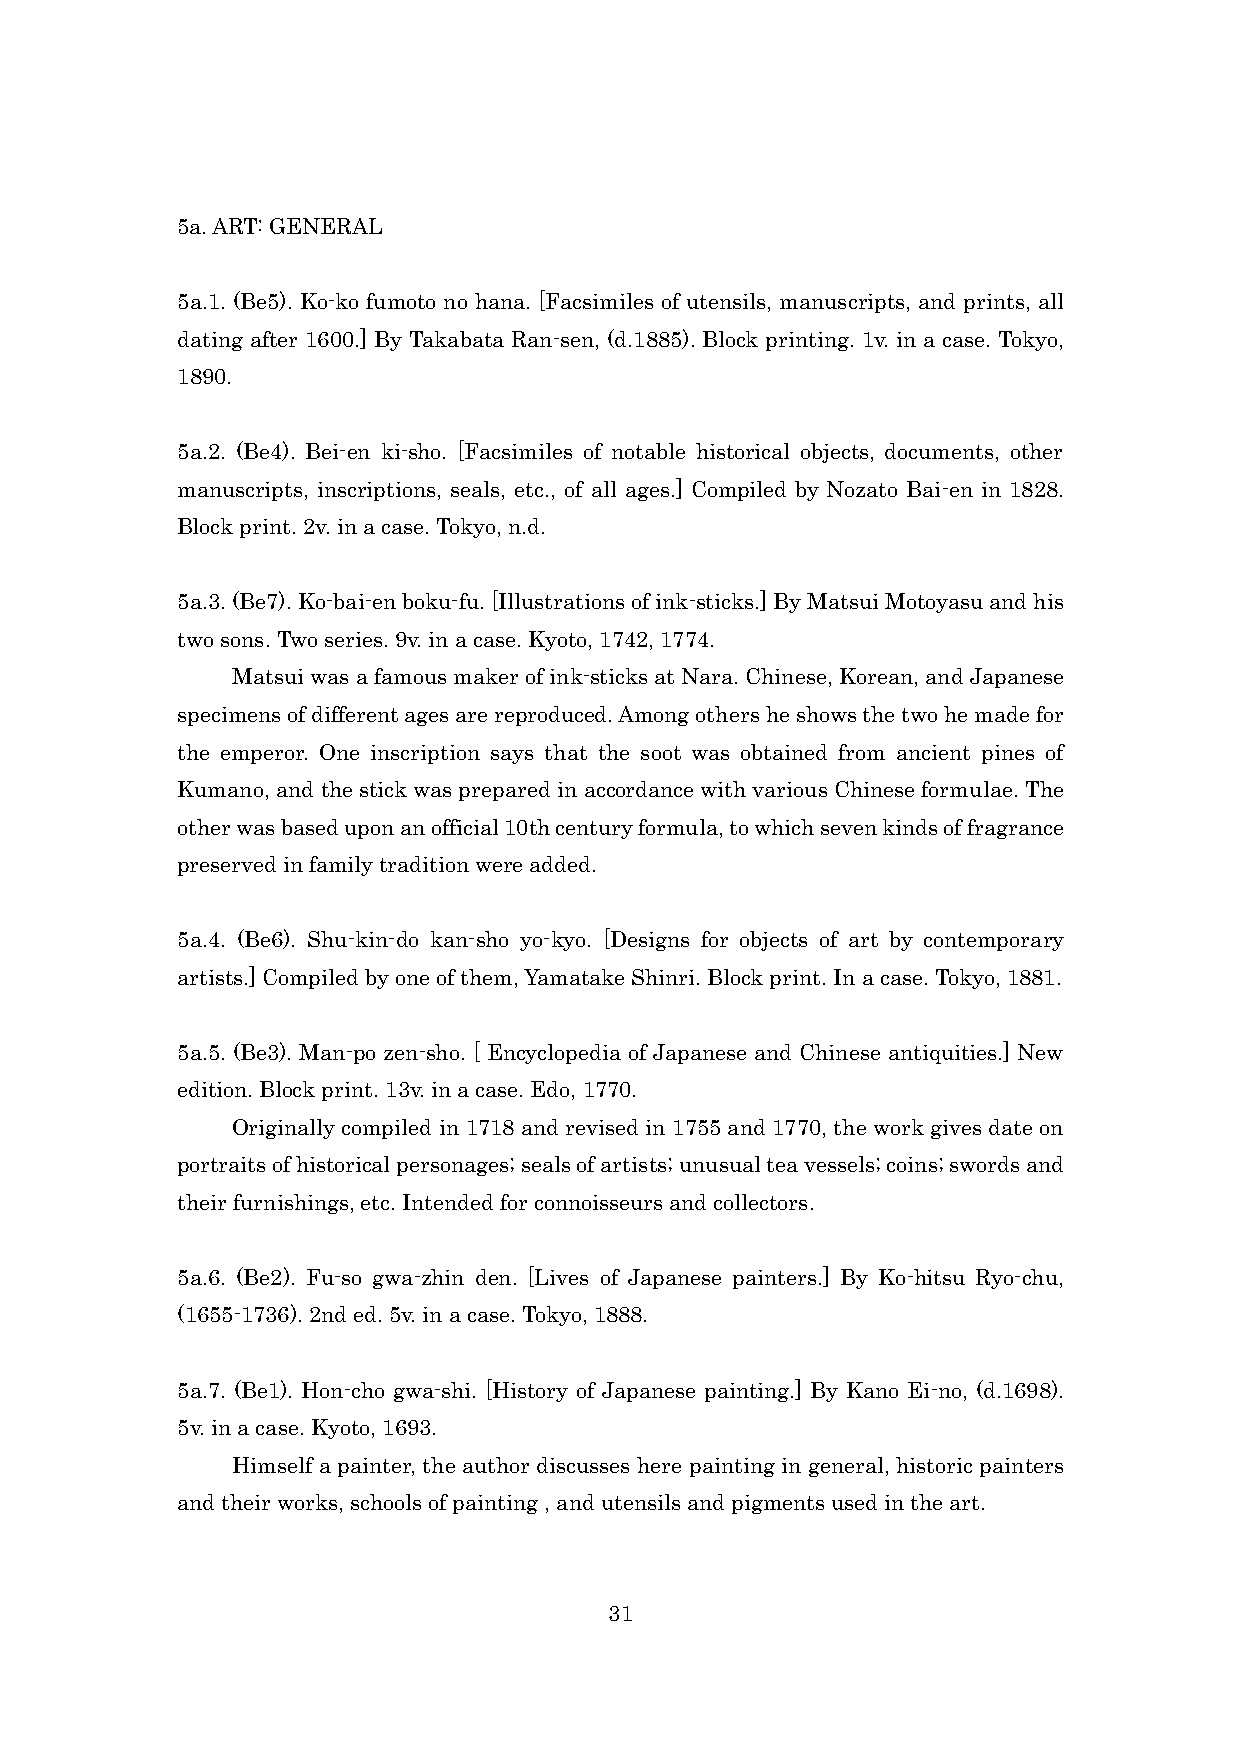
5a. ART: GENERAL
 5a.1. (Be5). Ko-ko fumoto no hana. [Facsimiles of utensils, manuscripts, and prints, all
 dating after 1600.] By Takabata Ran-sen, (d.1885). Block printing. 1v. in a case. Tokyo,
 1890.
 5a.2. (Be4). Bei-en ki-sho. [Facsimiles of notable historical objects, documents, other
 manuscripts, inscriptions, seals, etc., of all ages.] Compiled by Nozato Bai-en in 1828.
 Block print. 2v. in a case. Tokyo, n.d.
 5a.3. (Be7). Ko-bai-en boku-fu. [Illustrations of ink-sticks.] By Matsui Motoyasu and his
 two sons. Two series. 9v. in a case. Kyoto, 1742, 1774.
 Matsui was a famous maker of ink-sticks at Nara. Chinese, Korean, and Japanese
 specimens of different ages are reproduced. Among others he shows the two he made for
 the emperor. One inscription says that the soot was obtained from ancient pines of
 Kumano, and the stick was prepared in accordance with various Chinese formulae. The
 other was based upon an official 10th century formula, to which seven kinds of fragrance
 preserved in family tradition were added.
 5a.4. (Be6). Shu-kin-do kan-sho yo-kyo. [Designs for objects of art by contemporary
 artists.] Compiled by one of them, Yamatake Shinri. Block print. In a case. Tokyo, 1881.
 5a.5. (Be3). Man-po zen-sho. [ Encyclopedia of Japanese and Chinese antiquities.] New
 edition. Block print. 13v. in a case. Edo, 1770.
 Originally compiled in 1718 and revised in 1755 and 1770, the work gives date on
 portraits of historical personages; seals of artists; unusual tea vessels; coins; swords and
 their furnishings, etc. Intended for connoisseurs and collectors.
 5a.6. (Be2). Fu-so gwa-zhin den. [Lives of Japanese painters.] By Ko-hitsu Ryo-chu,
 (1655-1736). 2nd ed. 5v. in a case. Tokyo, 1888.
 5a.7. (Be1). Hon-cho gwa-shi. [History of Japanese painting.] By Kano Ei-no, (d.1698).
 5v. in a case. Kyoto, 1693.
 Himself a painter, the author discusses here painting in general, historic painters
 and their works, schools of painting , and utensils and pigments used in the art.
 31